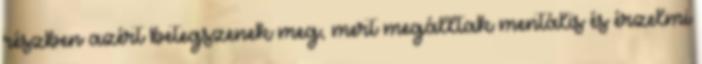
részben azért betegszenek meg, mert megálltak mentális és érzelmi